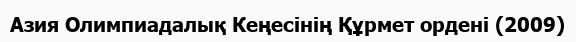
Азия Олимпиадалық Кеңесінің Құрмет ордені (2009)